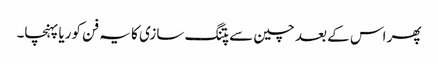
پھر اس کے بعد چین سے پتنگ سازی کا یہ فن کوریا پہنچا۔